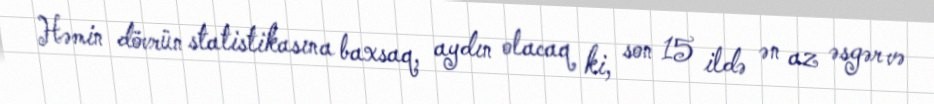
Həmin dövrün statistikasına baxsaq, aydın olacaq ki, son 15 ildə ən az əsgər və